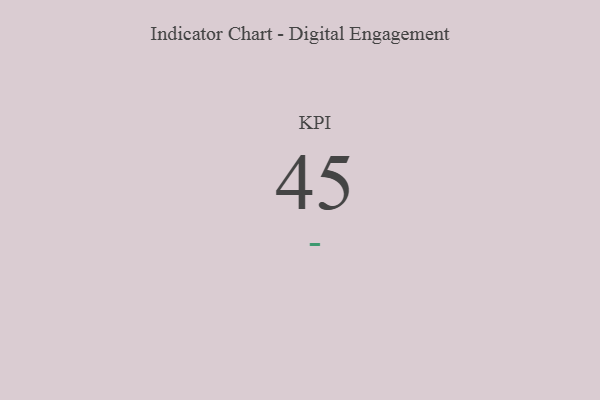
{"axis": {"x": "KPI", "y": "Value"}, "legend": [""], "data": [{"x": "KPI", "y": 45, "type": ""}]}